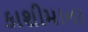
કાશીમાના